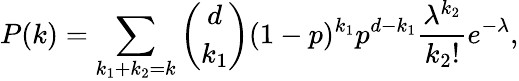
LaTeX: P(k)=\sum_{k_{1}+k_{2}=k}\binom{d}{k_{1}}(1-p)^{k_{1}}p^{d-k_{1}}\frac{\lambda^{k_{2}}}{k_{2}!}e^{-\lambda},